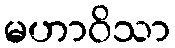
မဟာဝိသာ